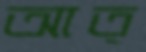
আত্